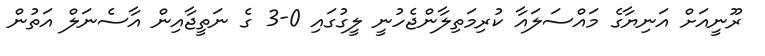
ރޫނީއަށް އަނިޔާގެ މައްސަލައާ ކުރިމަތިލާންޖެހުނީ ލީގުގައި 0-3 ގެ ނަތީޖާއިން އާސެނަލް އަތުން